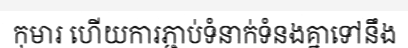
កុមារ ហើយការភ្ជាប់ទំនាក់ទំនងគ្នាទៅនឹង